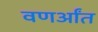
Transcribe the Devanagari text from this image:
वणर्आंत